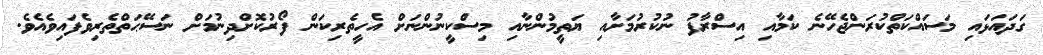
ގަދައަޅައި މަސައްކަތްކުރަންޖެހޭނެ ކަމާއި އިސްރާފު ނުކުރުމަށާއި ޔަތީމުންނާއި މިސްކީނުންނަށް އެހީތެރިކަން ފޯރުކޮށްދިނުމަށް ނަސޭޙަތްތެރިވެފައިވެއެވެ.